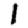
Digit: 1